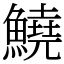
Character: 鱙